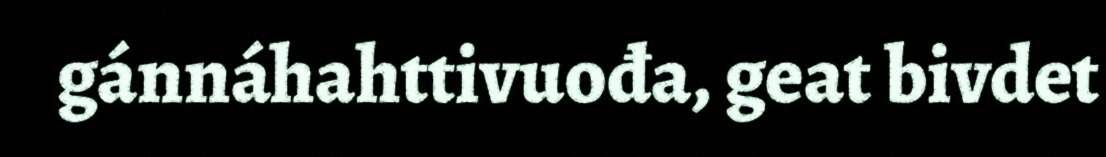
gánnáhahttivuođa, geat bivdet